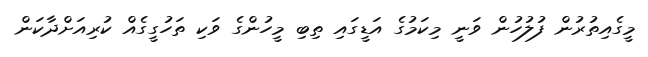
މީގެއިތުރުން ފުލުހުން ވަނީ މިކަމުގެ އަޑީގައި ތިބި މީހުންގެ ވަކި ތަހުގީގެއް ކުރިއަށްދާކަން